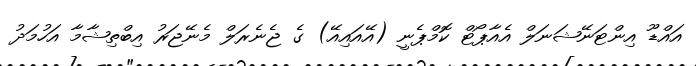
އައްޑޫ އިންޓަނޭޝަނަލް އެއާޕޯޓް ކޮމްޕެނީ (އޭއައިއޭ) ގެ ޖެނެރަލް މެނޭޖަރު އިބްތިޝާމާ އަހުމަދު